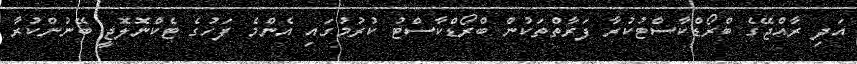
އަދި ރާއްޖޭގެ ބްރޯޑްކާސްޓުކުރާ ފަރާތްތަކުން ބްރޯޑްކާސްޓު ކުރުމުގައި އެންމެ ފަހުގެ ޓެކްނޮލޮޖީ ބޭނުންކުރާ